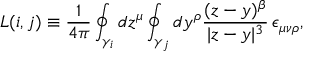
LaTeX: L ( i , j ) \equiv \frac 1 { 4 \pi } \oint _ { \gamma _ { i } } d z ^ { \mu } \oint _ { \gamma _ { j } } d y ^ { \rho } \frac { ( z - y ) ^ { \beta } } { | z - y | ^ { 3 } } \, \epsilon _ { \mu \nu \rho } ,